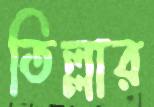
তিল্লার